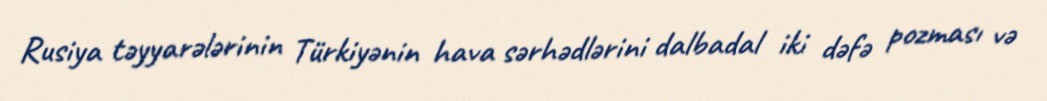
Rusiya təyyarələrinin Türkiyənin hava sərhədlərini dalbadal iki dəfə pozması və